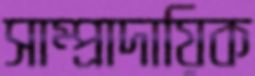
সাম্প্রাদায়িক